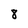
Character: 8